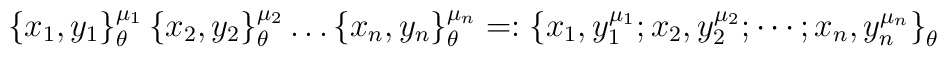
\left\{ x_{1},y_{1}\right\} _{\theta }^{\mu _{1}}\left\{ x_{2},y_{2}\right\}_{\theta }^{\mu _{2}}\ldots \left\{ x_{n},y_{n}\right\} _{\theta }^{\mu_{n}}=:\left\{ x_{1},y_{1}^{\mu _{1}};x_{2},y_{2}^{\mu _{2}};\cdots;x_{n},y_{n}^{\mu _{n}}\right\} _{\theta }